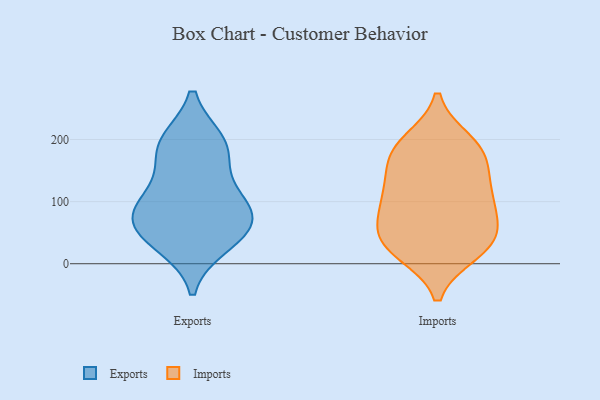
{"axis": {"x": "Net Income (USD K)", "y": "Value"}, "legend": ["Exports", "Imports"], "data": [{"x": "", "y": 195, "type": "Exports"}, {"x": "", "y": 120, "type": "Exports"}, {"x": "", "y": 81, "type": "Exports"}, {"x": "", "y": 91, "type": "Exports"}, {"x": "", "y": 49, "type": "Exports"}, {"x": "", "y": 32, "type": "Exports"}, {"x": "", "y": 52, "type": "Exports"}, {"x": "", "y": 179, "type": "Exports"}, {"x": "", "y": 83, "type": "Exports"}, {"x": "", "y": 193, "type": "Exports"}, {"x": "", "y": 138, "type": "Imports"}, {"x": "", "y": 182, "type": "Imports"}, {"x": "", "y": 98, "type": "Imports"}, {"x": "", "y": 60, "type": "Imports"}, {"x": "", "y": 177, "type": "Imports"}, {"x": "", "y": 196, "type": "Imports"}, {"x": "", "y": 132, "type": "Imports"}, {"x": "", "y": 100, "type": "Imports"}, {"x": "", "y": 55, "type": "Imports"}, {"x": "", "y": 19, "type": "Imports"}, {"x": "", "y": 184, "type": "Imports"}, {"x": "", "y": 38, "type": "Imports"}, {"x": "", "y": 27, "type": "Imports"}, {"x": "", "y": 26, "type": "Imports"}, {"x": "", "y": 98, "type": "Imports"}]}